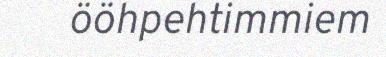
ööhpehtimmiem